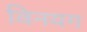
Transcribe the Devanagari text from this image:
विनयग